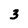
Character: 3